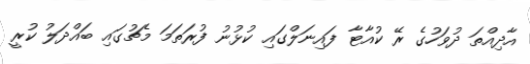
އާދިއްތަ ދުވަހުގެ ރޭ ކުއާޓާ ފައިނަލްގައި ކުޅުނު ފުރަތަމަ މެޗުގައި ބައްދަލު ކުރީ